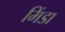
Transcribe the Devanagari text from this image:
मिंडा